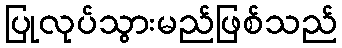
ပြုလုပ်သွားမည်ဖြစ်သည်